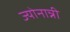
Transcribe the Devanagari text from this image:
ज्योनान्नी